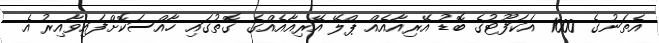
އެތަނުގެ 1000 އަކަފޫޓުގެ ބޮޑު އޭރިއާއެއް ޕްލޭ އޭރިއާއެއްގެ ގޮތުގައި ހާއްސަކޮށްފައިވާއިރު އެ